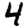
Digit: 4